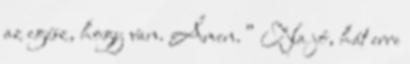
az egész, hogy van. Ámen.” Na jó, hát erre